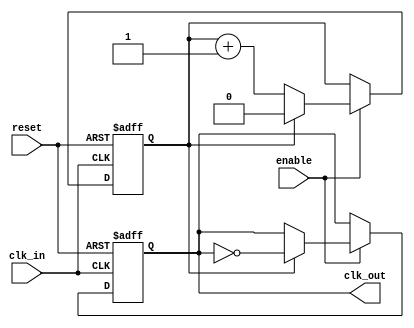
module ClockDivider #(
    parameter DIV_FACTOR = 2  // Default division factor, must be > 0
) (
    input wire clk_in,        // Input clock signal
    input wire reset,         // Asynchronous reset signal
    input wire enable,        // Enable signal for clock division
    output reg clk_out        // Output clock signal
);

    // Internal counter to keep track of clock cycles
    reg [$clog2(DIV_FACTOR)-1:0] counter;  // Counter width based on DIV_FACTOR

    // Always block triggered on the rising edge of clk_in
    always @(posedge clk_in or posedge reset) begin
        if (reset) begin
            // Reset the counter and output clock on reset
            counter <= 0;
            clk_out <= 1'b0; // Initialize output to low
        end else if (enable) begin
            // Increment the counter
            if (counter == (DIV_FACTOR - 1)) begin
                // Toggle the output clock if counter reaches DIV_FACTOR - 1
                clk_out <= ~clk_out;
                counter <= 0; // Reset counter after toggling
            end else begin
                counter <= counter + 1; // Increment counter
            end
        end
    end

endmodule